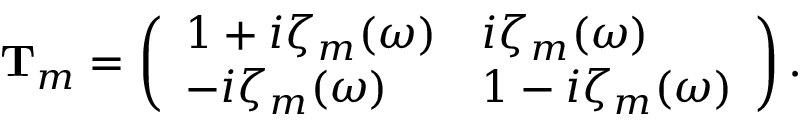
\begin{array} { r } { \mathbf T _ { m } = \left( \begin{array} { l l } { 1 + i \zeta _ { m } ( \omega ) } & { i \zeta _ { m } ( \omega ) } \\ { - i \zeta _ { m } ( \omega ) } & { 1 - i \zeta _ { m } ( \omega ) } \end{array} \right) . } \end{array}